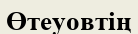
Өтеуовтің